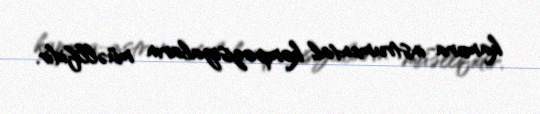
kamera-instrumental kompozisiyaların müəllifidir.